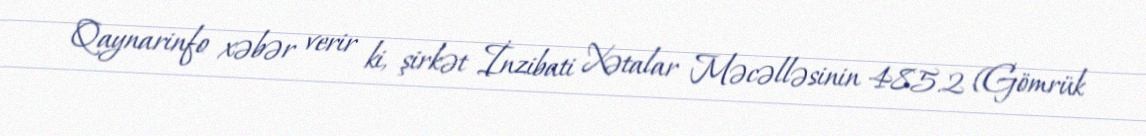
Qaynarinfo xəbər verir ki, şirkət İnzibati Xətalar Məcəlləsinin 485.2 (Gömrük